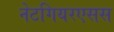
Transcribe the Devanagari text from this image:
नेटगियरएसस